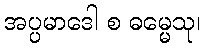
အပ္ပမာဒေါ စ ဓမ္မေသု၊